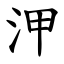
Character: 㳌